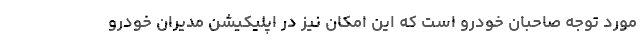
مورد توجه صاحبان خودرو است که این امکان نیز در اپلیکیشن مدیران خودرو